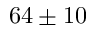
6 4 \pm 1 0